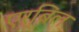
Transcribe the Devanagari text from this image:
एर्बिल